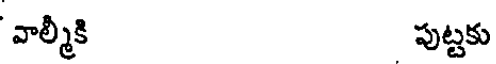
వాల్మీకి పుట్టకు